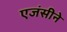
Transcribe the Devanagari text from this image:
एजंसीने